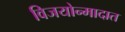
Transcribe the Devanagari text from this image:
विजयोन्मादात